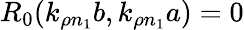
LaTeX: R_{0}(k_{\rho n_{1}}b,k_{\rho n_{1}}a)=0